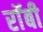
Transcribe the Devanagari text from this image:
राॅबी